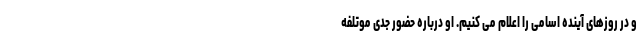
و در روزهای آینده اسامی را اعلام می کنیم. او درباره حضور جدی موتلفه